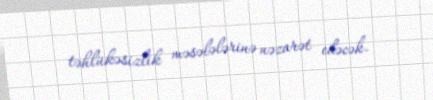
təhlükəsizlik məsələlərinə nəzarət edəcək.